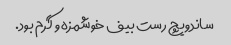
ساندویچ رست بیف خوشمزه و گرم بود.